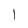
Character: 1